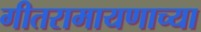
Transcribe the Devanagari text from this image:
गीतरामायणाच्या